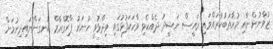
ޒުވާނުންނާއި މުހާތަބުކުރައްވައި ރައީސް ނަޝީދު ދެއްކެވި ވާހަކަފުޅުގައި ވިދާޅުވީ ހުނަރު ޕްރޮގްރާމް އުނގަންނައިދިނުމަށް